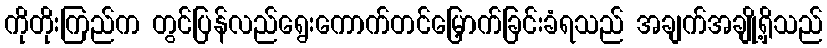
ကိုတိုးကြည်က တွင်ပြန်လည်ရွေးကောက်တင်မြှောက်ခြင်းခံရသည် အချက်အချို့ရှိသည်